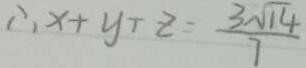
\therefore x + y \div z = \frac { 3 \sqrt { 1 4 } } { 7 }